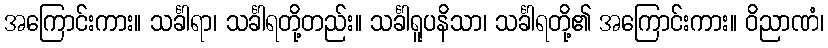
အကြောင်းကား။ သင်္ခါရာ၊ သင်္ခါရတို့တည်း။ သင်္ခါရူပနိသာ၊ သင်္ခါရတို့၏ အကြောင်းကား။ ဝိညာဏံ၊